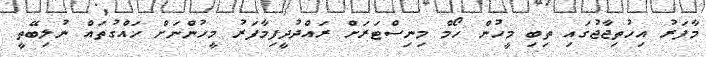
މާފަރު އިހުތިޖާޖުގައި ތިބި މީހުން ހޯމް މިނިސްޓަރަށް ރައްދުދީފިމާފަރު މީހުންނަށް ހައްގުތައް ނުލިބޭތީ